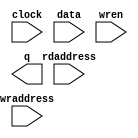
// megafunction wizard: %RAM: 2-PORT%VBB%
// GENERATION: STANDARD
// VERSION: WM1.0
// MODULE: altsyncram 

// ============================================================
// Megafunction Name(s):
// 			altsyncram
//
// Simulation Library Files(s):
// 			altera_mf
// ============================================================
// ************************************************************
// THIS IS A WIZARD-GENERATED FILE. DO NOT EDIT THIS FILE!
//
// 8.1 Build 163 10/28/2008 SJ Full Version
// ************************************************************

//Copyright (C) 1991-2008 Altera Corporation
//Your use of Altera Corporation's design tools, logic functions 
//and other software and tools, and its AMPP partner logic 
//functions, and any output files from any of the foregoing 
//(including device programming or simulation files), and any 
//associated documentation or information are expressly subject 
//to the terms and conditions of the Altera Program License 
//Subscription Agreement, Altera MegaCore Function License 
//Agreement, or other applicable license agreement, including, 
//without limitation, that your use is for the sole purpose of 
//programming logic devices manufactured by Altera and sold by 
//Altera or its authorized distributors.  Please refer to the 
//applicable agreement for further details.

module DpRam128x12 (
	clock,
	data,
	rdaddress,
	wraddress,
	wren,
	q);

	input	  clock;
	input	[11:0]  data;
	input	[6:0]  rdaddress;
	input	[6:0]  wraddress;
	input	  wren;
	output	[11:0]  q;

endmodule

// ============================================================
// CNX file retrieval info
// ============================================================
// Retrieval info: PRIVATE: ADDRESSSTALL_A NUMERIC "0"
// Retrieval info: PRIVATE: ADDRESSSTALL_B NUMERIC "0"
// Retrieval info: PRIVATE: BYTEENA_ACLR_A NUMERIC "0"
// Retrieval info: PRIVATE: BYTEENA_ACLR_B NUMERIC "0"
// Retrieval info: PRIVATE: BYTE_ENABLE_A NUMERIC "0"
// Retrieval info: PRIVATE: BYTE_ENABLE_B NUMERIC "0"
// Retrieval info: PRIVATE: BYTE_SIZE NUMERIC "8"
// Retrieval info: PRIVATE: BlankMemory NUMERIC "1"
// Retrieval info: PRIVATE: CLOCK_ENABLE_INPUT_A NUMERIC "0"
// Retrieval info: PRIVATE: CLOCK_ENABLE_INPUT_B NUMERIC "0"
// Retrieval info: PRIVATE: CLOCK_ENABLE_OUTPUT_A NUMERIC "0"
// Retrieval info: PRIVATE: CLOCK_ENABLE_OUTPUT_B NUMERIC "0"
// Retrieval info: PRIVATE: CLRdata NUMERIC "0"
// Retrieval info: PRIVATE: CLRq NUMERIC "0"
// Retrieval info: PRIVATE: CLRrdaddress NUMERIC "0"
// Retrieval info: PRIVATE: CLRrren NUMERIC "0"
// Retrieval info: PRIVATE: CLRwraddress NUMERIC "0"
// Retrieval info: PRIVATE: CLRwren NUMERIC "0"
// Retrieval info: PRIVATE: Clock NUMERIC "0"
// Retrieval info: PRIVATE: Clock_A NUMERIC "0"
// Retrieval info: PRIVATE: Clock_B NUMERIC "0"
// Retrieval info: PRIVATE: ECC NUMERIC "0"
// Retrieval info: PRIVATE: IMPLEMENT_IN_LES NUMERIC "0"
// Retrieval info: PRIVATE: INDATA_ACLR_B NUMERIC "0"
// Retrieval info: PRIVATE: INDATA_REG_B NUMERIC "0"
// Retrieval info: PRIVATE: INIT_FILE_LAYOUT STRING "PORT_B"
// Retrieval info: PRIVATE: INIT_TO_SIM_X NUMERIC "0"
// Retrieval info: PRIVATE: INTENDED_DEVICE_FAMILY STRING "Arria GX"
// Retrieval info: PRIVATE: JTAG_ENABLED NUMERIC "0"
// Retrieval info: PRIVATE: JTAG_ID STRING "NONE"
// Retrieval info: PRIVATE: MAXIMUM_DEPTH NUMERIC "0"
// Retrieval info: PRIVATE: MEMSIZE NUMERIC "1536"
// Retrieval info: PRIVATE: MEM_IN_BITS NUMERIC "0"
// Retrieval info: PRIVATE: MIFfilename STRING ""
// Retrieval info: PRIVATE: OPERATION_MODE NUMERIC "2"
// Retrieval info: PRIVATE: OUTDATA_ACLR_B NUMERIC "0"
// Retrieval info: PRIVATE: OUTDATA_REG_B NUMERIC "1"
// Retrieval info: PRIVATE: RAM_BLOCK_TYPE NUMERIC "0"
// Retrieval info: PRIVATE: READ_DURING_WRITE_MODE_MIXED_PORTS NUMERIC "2"
// Retrieval info: PRIVATE: READ_DURING_WRITE_MODE_PORT_A NUMERIC "3"
// Retrieval info: PRIVATE: READ_DURING_WRITE_MODE_PORT_B NUMERIC "3"
// Retrieval info: PRIVATE: REGdata NUMERIC "1"
// Retrieval info: PRIVATE: REGq NUMERIC "1"
// Retrieval info: PRIVATE: REGrdaddress NUMERIC "1"
// Retrieval info: PRIVATE: REGrren NUMERIC "1"
// Retrieval info: PRIVATE: REGwraddress NUMERIC "1"
// Retrieval info: PRIVATE: REGwren NUMERIC "1"
// Retrieval info: PRIVATE: SYNTH_WRAPPER_GEN_POSTFIX STRING "0"
// Retrieval info: PRIVATE: USE_DIFF_CLKEN NUMERIC "0"
// Retrieval info: PRIVATE: UseDPRAM NUMERIC "1"
// Retrieval info: PRIVATE: VarWidth NUMERIC "0"
// Retrieval info: PRIVATE: WIDTH_READ_A NUMERIC "12"
// Retrieval info: PRIVATE: WIDTH_READ_B NUMERIC "12"
// Retrieval info: PRIVATE: WIDTH_WRITE_A NUMERIC "12"
// Retrieval info: PRIVATE: WIDTH_WRITE_B NUMERIC "12"
// Retrieval info: PRIVATE: WRADDR_ACLR_B NUMERIC "0"
// Retrieval info: PRIVATE: WRADDR_REG_B NUMERIC "0"
// Retrieval info: PRIVATE: WRCTRL_ACLR_B NUMERIC "0"
// Retrieval info: PRIVATE: enable NUMERIC "0"
// Retrieval info: PRIVATE: rden NUMERIC "0"
// Retrieval info: CONSTANT: ADDRESS_REG_B STRING "CLOCK0"
// Retrieval info: CONSTANT: CLOCK_ENABLE_INPUT_A STRING "BYPASS"
// Retrieval info: CONSTANT: CLOCK_ENABLE_INPUT_B STRING "BYPASS"
// Retrieval info: CONSTANT: CLOCK_ENABLE_OUTPUT_A STRING "BYPASS"
// Retrieval info: CONSTANT: CLOCK_ENABLE_OUTPUT_B STRING "BYPASS"
// Retrieval info: CONSTANT: INTENDED_DEVICE_FAMILY STRING "Arria GX"
// Retrieval info: CONSTANT: LPM_TYPE STRING "altsyncram"
// Retrieval info: CONSTANT: NUMWORDS_A NUMERIC "128"
// Retrieval info: CONSTANT: NUMWORDS_B NUMERIC "128"
// Retrieval info: CONSTANT: OPERATION_MODE STRING "DUAL_PORT"
// Retrieval info: CONSTANT: OUTDATA_ACLR_B STRING "NONE"
// Retrieval info: CONSTANT: OUTDATA_REG_B STRING "CLOCK0"
// Retrieval info: CONSTANT: POWER_UP_UNINITIALIZED STRING "FALSE"
// Retrieval info: CONSTANT: READ_DURING_WRITE_MODE_MIXED_PORTS STRING "DONT_CARE"
// Retrieval info: CONSTANT: WIDTHAD_A NUMERIC "7"
// Retrieval info: CONSTANT: WIDTHAD_B NUMERIC "7"
// Retrieval info: CONSTANT: WIDTH_A NUMERIC "12"
// Retrieval info: CONSTANT: WIDTH_B NUMERIC "12"
// Retrieval info: CONSTANT: WIDTH_BYTEENA_A NUMERIC "1"
// Retrieval info: USED_PORT: clock 0 0 0 0 INPUT NODEFVAL clock
// Retrieval info: USED_PORT: data 0 0 12 0 INPUT NODEFVAL data[11..0]
// Retrieval info: USED_PORT: q 0 0 12 0 OUTPUT NODEFVAL q[11..0]
// Retrieval info: USED_PORT: rdaddress 0 0 7 0 INPUT NODEFVAL rdaddress[6..0]
// Retrieval info: USED_PORT: wraddress 0 0 7 0 INPUT NODEFVAL wraddress[6..0]
// Retrieval info: USED_PORT: wren 0 0 0 0 INPUT VCC wren
// Retrieval info: CONNECT: @data_a 0 0 12 0 data 0 0 12 0
// Retrieval info: CONNECT: @wren_a 0 0 0 0 wren 0 0 0 0
// Retrieval info: CONNECT: q 0 0 12 0 @q_b 0 0 12 0
// Retrieval info: CONNECT: @address_a 0 0 7 0 wraddress 0 0 7 0
// Retrieval info: CONNECT: @address_b 0 0 7 0 rdaddress 0 0 7 0
// Retrieval info: CONNECT: @clock0 0 0 0 0 clock 0 0 0 0
// Retrieval info: LIBRARY: altera_mf altera_mf.altera_mf_components.all
// Retrieval info: GEN_FILE: TYPE_NORMAL DpRam128x12.v TRUE
// Retrieval info: GEN_FILE: TYPE_NORMAL DpRam128x12.inc FALSE
// Retrieval info: GEN_FILE: TYPE_NORMAL DpRam128x12.cmp FALSE
// Retrieval info: GEN_FILE: TYPE_NORMAL DpRam128x12.bsf TRUE
// Retrieval info: GEN_FILE: TYPE_NORMAL DpRam128x12_inst.v FALSE
// Retrieval info: GEN_FILE: TYPE_NORMAL DpRam128x12_bb.v TRUE
// Retrieval info: GEN_FILE: TYPE_NORMAL DpRam128x12_waveforms.html TRUE
// Retrieval info: GEN_FILE: TYPE_NORMAL DpRam128x12_wave*.jpg FALSE
// Retrieval info: LIB_FILE: altera_mf